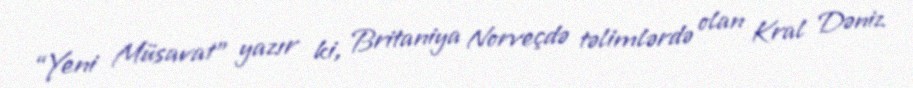
“Yeni Müsavat” yazır ki, Britaniya Norveçdə təlimlərdə olan Kral Dəniz